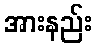
အားနည်း